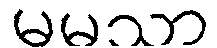
မမသာ